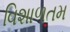
વિશાળતમ